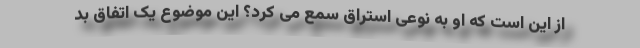
از این است که او به نوعی استراق سمع می کرد؟ این موضوع یک اتفاق بد